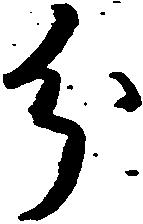
分